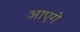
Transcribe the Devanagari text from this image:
आएगे